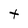
Character: t